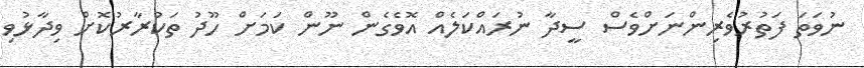
ނުވަތަ ފަތުރުވެރިންނަށްވެސް ސީދާ ނުރައްކަލެއް އޮވެގެން ނޫން ކަމަށް ހޫދު ތަކުރާރުކޮށް ވިދާޅުވި